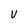
Character: V